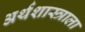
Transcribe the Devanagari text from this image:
अर्थशास्त्राला